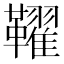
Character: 𩍪